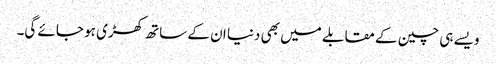
ویسے ہی چین کے مقابلے میں بھی دنیا ان کے ساتھ کھڑی ہو جائے گی۔